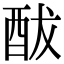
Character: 䣮